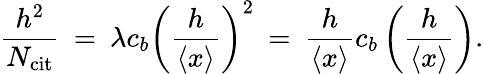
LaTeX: \frac{h^{2}}{N_{\mathrm{cit}}}\: =\: \lambda c_{b}\left(\frac{h}{\left\langle{x}\right\rangle}\right)^{2}\: =\: \frac{h}{\left\langle{x}\right\rangle}c_{b}\left(\frac{h}{\left\langle{x}\right\rangle}\right).